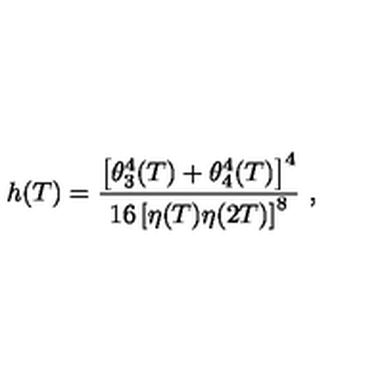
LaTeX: h ( T ) = \frac { \left[ \theta _ { 3 } ^ { 4 } ( T ) + \theta _ { 4 } ^ { 4 } ( T ) \right] ^ { 4 } } { 1 6 \left[ \eta ( T ) \eta ( 2 T ) \right] ^ { 8 } } \ ,